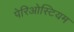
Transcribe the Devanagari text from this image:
पेरिओस्टियम